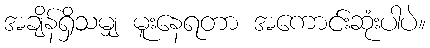
အချိန်ရှိသမျှ မူးနေရတာ အကောင်းဆုံးပါပဲ။